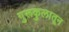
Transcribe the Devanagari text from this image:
गुरूकुलातून